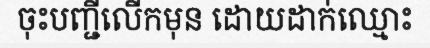
ចុះបញ្ជីលើកមុន ដោយដាក់ឈ្មោះ